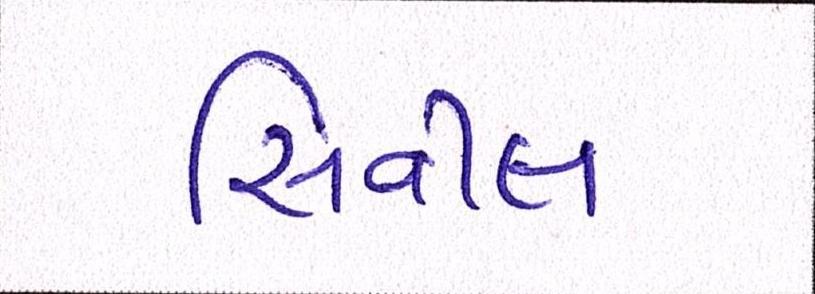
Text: સિવીલ